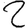
Digit: 2